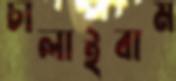
চালাইবাম